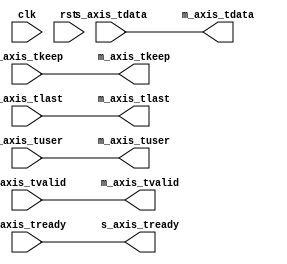
/*

Copyright 2022, The Regents of the University of California.
All rights reserved.

Redistribution and use in source and binary forms, with or without
modification, are permitted provided that the following conditions are met:

   1. Redistributions of source code must retain the above copyright notice,
      this list of conditions and the following disclaimer.

   2. Redistributions in binary form must reproduce the above copyright notice,
      this list of conditions and the following disclaimer in the documentation
      and/or other materials provided with the distribution.

THIS SOFTWARE IS PROVIDED BY THE REGENTS OF THE UNIVERSITY OF CALIFORNIA ''AS
IS'' AND ANY EXPRESS OR IMPLIED WARRANTIES, INCLUDING, BUT NOT LIMITED TO, THE
IMPLIED WARRANTIES OF MERCHANTABILITY AND FITNESS FOR A PARTICULAR PURPOSE ARE
DISCLAIMED. IN NO EVENT SHALL THE REGENTS OF THE UNIVERSITY OF CALIFORNIA OR
CONTRIBUTORS BE LIABLE FOR ANY DIRECT, INDIRECT, INCIDENTAL, SPECIAL,
EXEMPLARY, OR CONSEQUENTIAL DAMAGES (INCLUDING, BUT NOT LIMITED TO, PROCUREMENT
OF SUBSTITUTE GOODS OR SERVICES; LOSS OF USE, DATA, OR PROFITS; OR BUSINESS
INTERRUPTION) HOWEVER CAUSED AND ON ANY THEORY OF LIABILITY, WHETHER IN
CONTRACT, STRICT LIABILITY, OR TORT (INCLUDING NEGLIGENCE OR OTHERWISE) ARISING
IN ANY WAY OUT OF THE USE OF THIS SOFTWARE, EVEN IF ADVISED OF THE POSSIBILITY
OF SUCH DAMAGE.

The views and conclusions contained in the software and documentation are those
of the authors and should not be interpreted as representing official policies,
either expressed or implied, of The Regents of the University of California.

*/

// Language: Verilog 2001

`resetall
`timescale 1ns / 1ps
`default_nettype none

/*
 * NIC layer 2 ingress processing
 */
module mqnic_l2_ingress #
(
    // Width of AXI stream interfaces in bits
    parameter AXIS_DATA_WIDTH = 256,
    // AXI stream tkeep signal width (words per cycle)
    parameter AXIS_KEEP_WIDTH = AXIS_DATA_WIDTH/8,
    // AXI stream tuser signal width
    parameter AXIS_USER_WIDTH = 1,
    // Can apply backpressure with tready
    parameter AXIS_USE_READY = 0
)
(
    input  wire                             clk,
    input  wire                             rst,

    /*
     * Receive data input
     */
    input  wire [AXIS_DATA_WIDTH-1:0]       s_axis_tdata,
    input  wire [AXIS_KEEP_WIDTH-1:0]       s_axis_tkeep,
    input  wire                             s_axis_tvalid,
    output wire                             s_axis_tready,
    input  wire                             s_axis_tlast,
    input  wire [AXIS_USER_WIDTH-1:0]       s_axis_tuser,

    /*
     * Receive data output
     */
    output wire [AXIS_DATA_WIDTH-1:0]       m_axis_tdata,
    output wire [AXIS_KEEP_WIDTH-1:0]       m_axis_tkeep,
    output wire                             m_axis_tvalid,
    input  wire                             m_axis_tready,
    output wire                             m_axis_tlast,
    output wire [AXIS_USER_WIDTH-1:0]       m_axis_tuser
);

// placeholder
assign m_axis_tdata = s_axis_tdata;
assign m_axis_tkeep = s_axis_tkeep;
assign m_axis_tvalid = s_axis_tvalid;
assign s_axis_tready = m_axis_tready;
assign m_axis_tlast = s_axis_tlast;
assign m_axis_tuser = s_axis_tuser;

endmodule

`resetall